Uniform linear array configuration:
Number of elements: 32
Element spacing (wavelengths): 1
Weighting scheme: kaiser
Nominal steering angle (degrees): -60
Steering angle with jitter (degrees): -60.417
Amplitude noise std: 0.05
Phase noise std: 0.05

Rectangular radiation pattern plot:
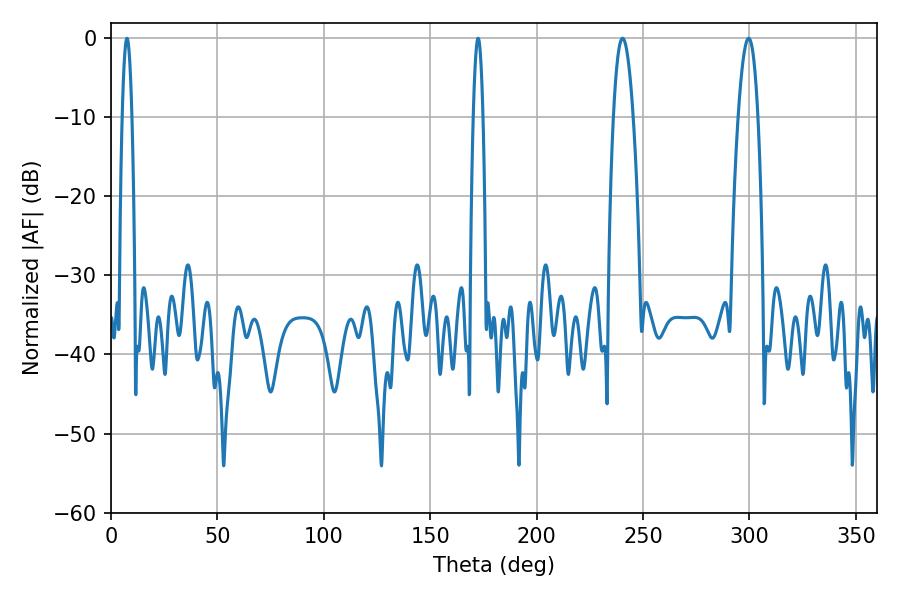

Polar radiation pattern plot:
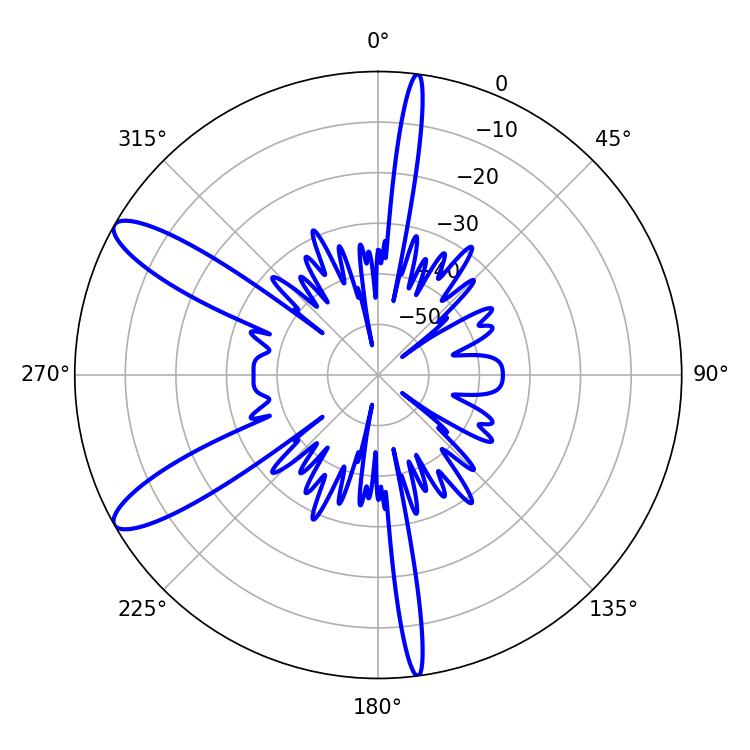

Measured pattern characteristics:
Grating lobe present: TRUE
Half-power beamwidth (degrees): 5.04
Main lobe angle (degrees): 240.3